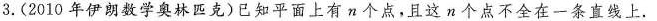
3.(2010年伊朗数学奥林匹克)已知平面上有n个点，且这n个点不全在一条直线上.